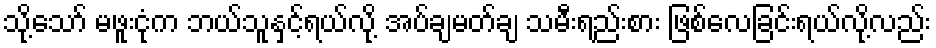
သို့သော် မဖူးငုံက ဘယ်သူနှင့်ရယ်လို့ အပ်ချမတ်ချ သမီးရည်းစား ဖြစ်လေခြင်းရယ်လို့လည်း